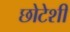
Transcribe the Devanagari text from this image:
छोटेशी